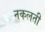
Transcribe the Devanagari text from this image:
नकलती